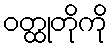
ဝတ္ထုတိုကို